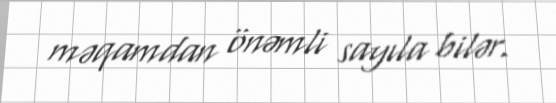
məqamdan önəmli sayıla bilər.